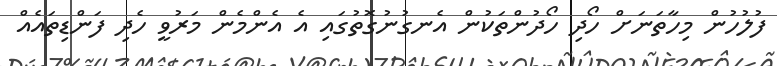
ފުލުހުން މިހާތަނަށް ހޯދި ހޯދުންތަކުން އެނގުނުގޮތުގައި އެ އެންމެން މަރުވީ ހެދި ފަންޑިތައެއް